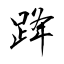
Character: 跭